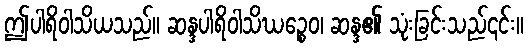
ဤပါရိဝါသိယသည်။ ဆန္ဒပါရိဝါသိဃဉ္စေဝ၊ ဆန္ဒ၏ သုံးခြင်းသည်၎င်း။